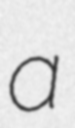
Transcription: a